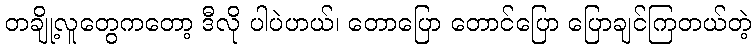
တချို့လူတွေကတော့ ဒီလို ပါပဲဟယ်၊ တောပြော တောင်ပြော ပြောချင်ကြတယ်တဲ့